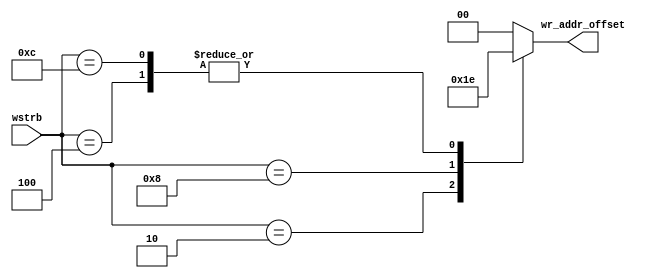
`timescale 1 ns / 1 ps

module iob_wstrb2offset
   #(
     parameter DATA_W = 32
     )
   (
    input [DATA_W/8-1:0] wstrb,
    output reg [$clog2(DATA_W/8)-1:0] wr_addr_offset
    );

   generate if (DATA_W==32)
     always @* begin
        case (wstrb)
          4'b0010: wr_addr_offset = 2'b01;
          4'b0100: wr_addr_offset = 2'b10;
          4'b1000: wr_addr_offset = 2'b11;
          4'b1100: wr_addr_offset = 2'b10;
          default: wr_addr_offset = 2'b00;
        endcase
     end
   endgenerate
endmodule